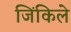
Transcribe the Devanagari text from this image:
जिंकिले